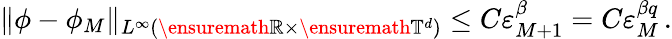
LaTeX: \| \phi-\phi_{M}\| _{L^{\infty}(\ensuremath{\mathbb{R}}\times\ensuremath{\mathbb{T}}^{d})}\leq C\varepsilon_{M+1}^{\beta}=C\varepsilon_{M}^{\beta q}\, .